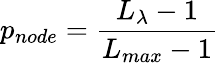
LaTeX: p_{node}=\frac{L_{\lambda}-1}{L_{max}-1}